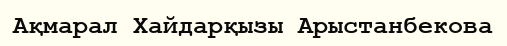
Ақмарал Хайдарқызы Арыстанбекова